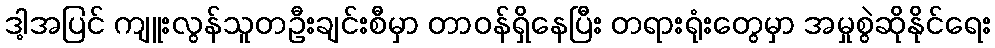
ဒါ့အပြင် ကျူးလွန်သူတဦးချင်းစီမှာ တာဝန်ရှိနေပြီး တရားရုံးတွေမှာ အမှုစွဲဆိုနိုင်ရေး